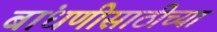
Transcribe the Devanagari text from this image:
बांधणीसाठीच्या